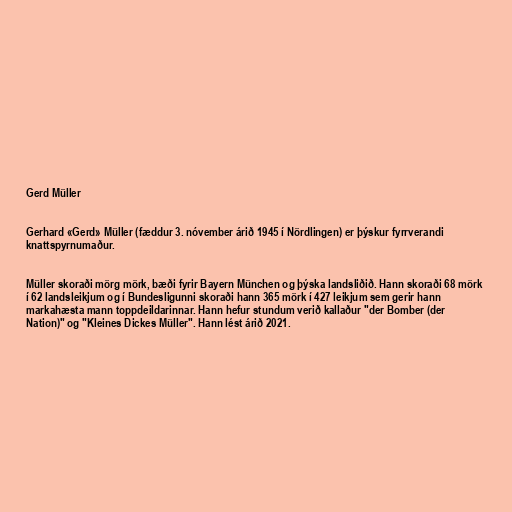
Gerd Müller

Gerhard «Gerd» Müller (fæddur 3. nóvember árið 1945 í Nördlingen) er þýskur fyrrverandi
knattspyrnumaður.

Müller skoraði mörg mörk, bæði fyrir Bayern München og þýska landsliðið. Hann skoraði 68 mörk
í 62 landsleikjum og í Bundesligunni skoraði hann 365 mörk í 427 leikjum sem gerir hann
markahæsta mann toppdeildarinnar. Hann hefur stundum verið kallaður "der Bomber (der
Nation)" og "Kleines Dickes Müller". Hann lést árið 2021.